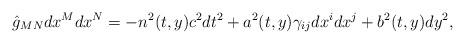
LaTeX: \begin{align*}\hat{g}_{MN}dx^Mdx^N=-n^2(t,y)c^2dt^2+a^2(t,y)\gamma_{ij}dx^idx^j+b^2(t,y)dy^2,\end{align*}